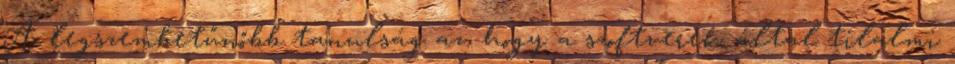
A legszembetűnőbb tanulság az, hogy a szoftverek által tilalmi